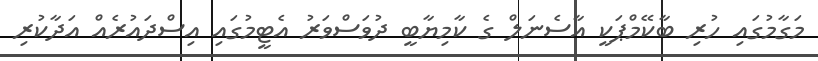
މަގާމުގައި ހުރި ބާކޭމްޕަކީ އާސެނަލް ގެ ކާމިޔާބީ ދުވަސްވަރު އެޓީމުގައި އިސްދައުރެއް އަދާކުރި